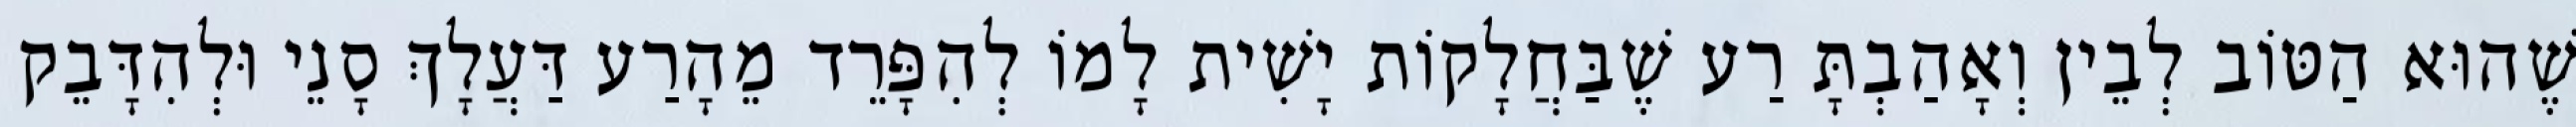
שֶׁהוּא הַטּוֹב לְבֵין וְאָהַבְתָּ רַע שֶׁבַּחֲלָקוֹת יָשִׁית לָמוֹ לְהִפָּרֵד מֵהָרַע דַּעֲלָךְ סָנֵי וּלְהִדָּבֵק